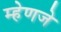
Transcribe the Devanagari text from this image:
म्हेणजे